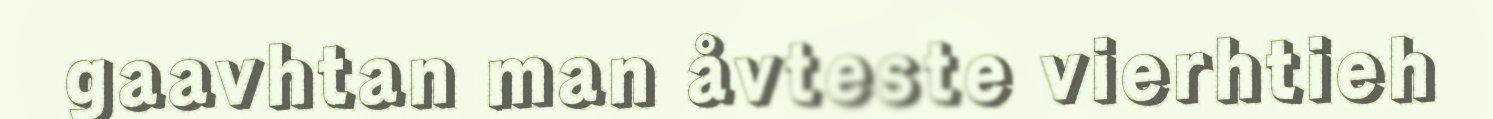
gaavhtan man åvteste vierhtieh